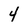
Character: 4